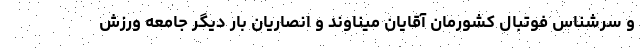
و سرشناس فوتبال کشورمان آقایان میناوند و انصاریان بار دیگر جامعه ورزش